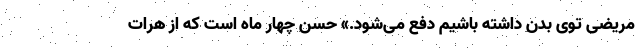
مریضی توی بدن داشته باشیم دفع می‌شود.» حسن چهار ماه است که از هرات